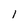
Character: 1